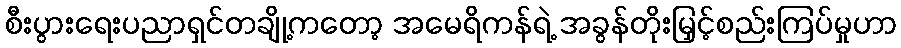
စီးပွားရေးပညာရှင်တချို့ကတော့ အမေရိကန်ရဲ့ အခွန်တိုးမြှင့်စည်းကြပ်မှုဟာ